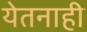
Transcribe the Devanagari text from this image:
येतनाही